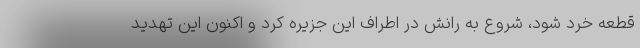
قطعه خرد شود، شروع به رانش در اطراف این جزیره کرد و اکنون این تهدید